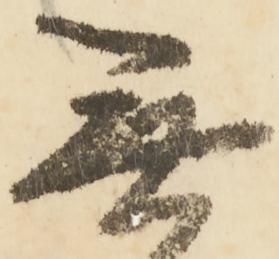
無